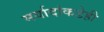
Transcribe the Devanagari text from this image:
मर्यादांकडेही